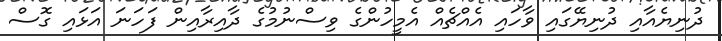
ދުނިޔެއާއި ދުނިޔޭގައި ވާހައި އެއްޗެއް އެމީހުންގެ ވިސްނުމުގެ ދާއިރާއިން ފަހަނަ އަޅައި ގޮސް